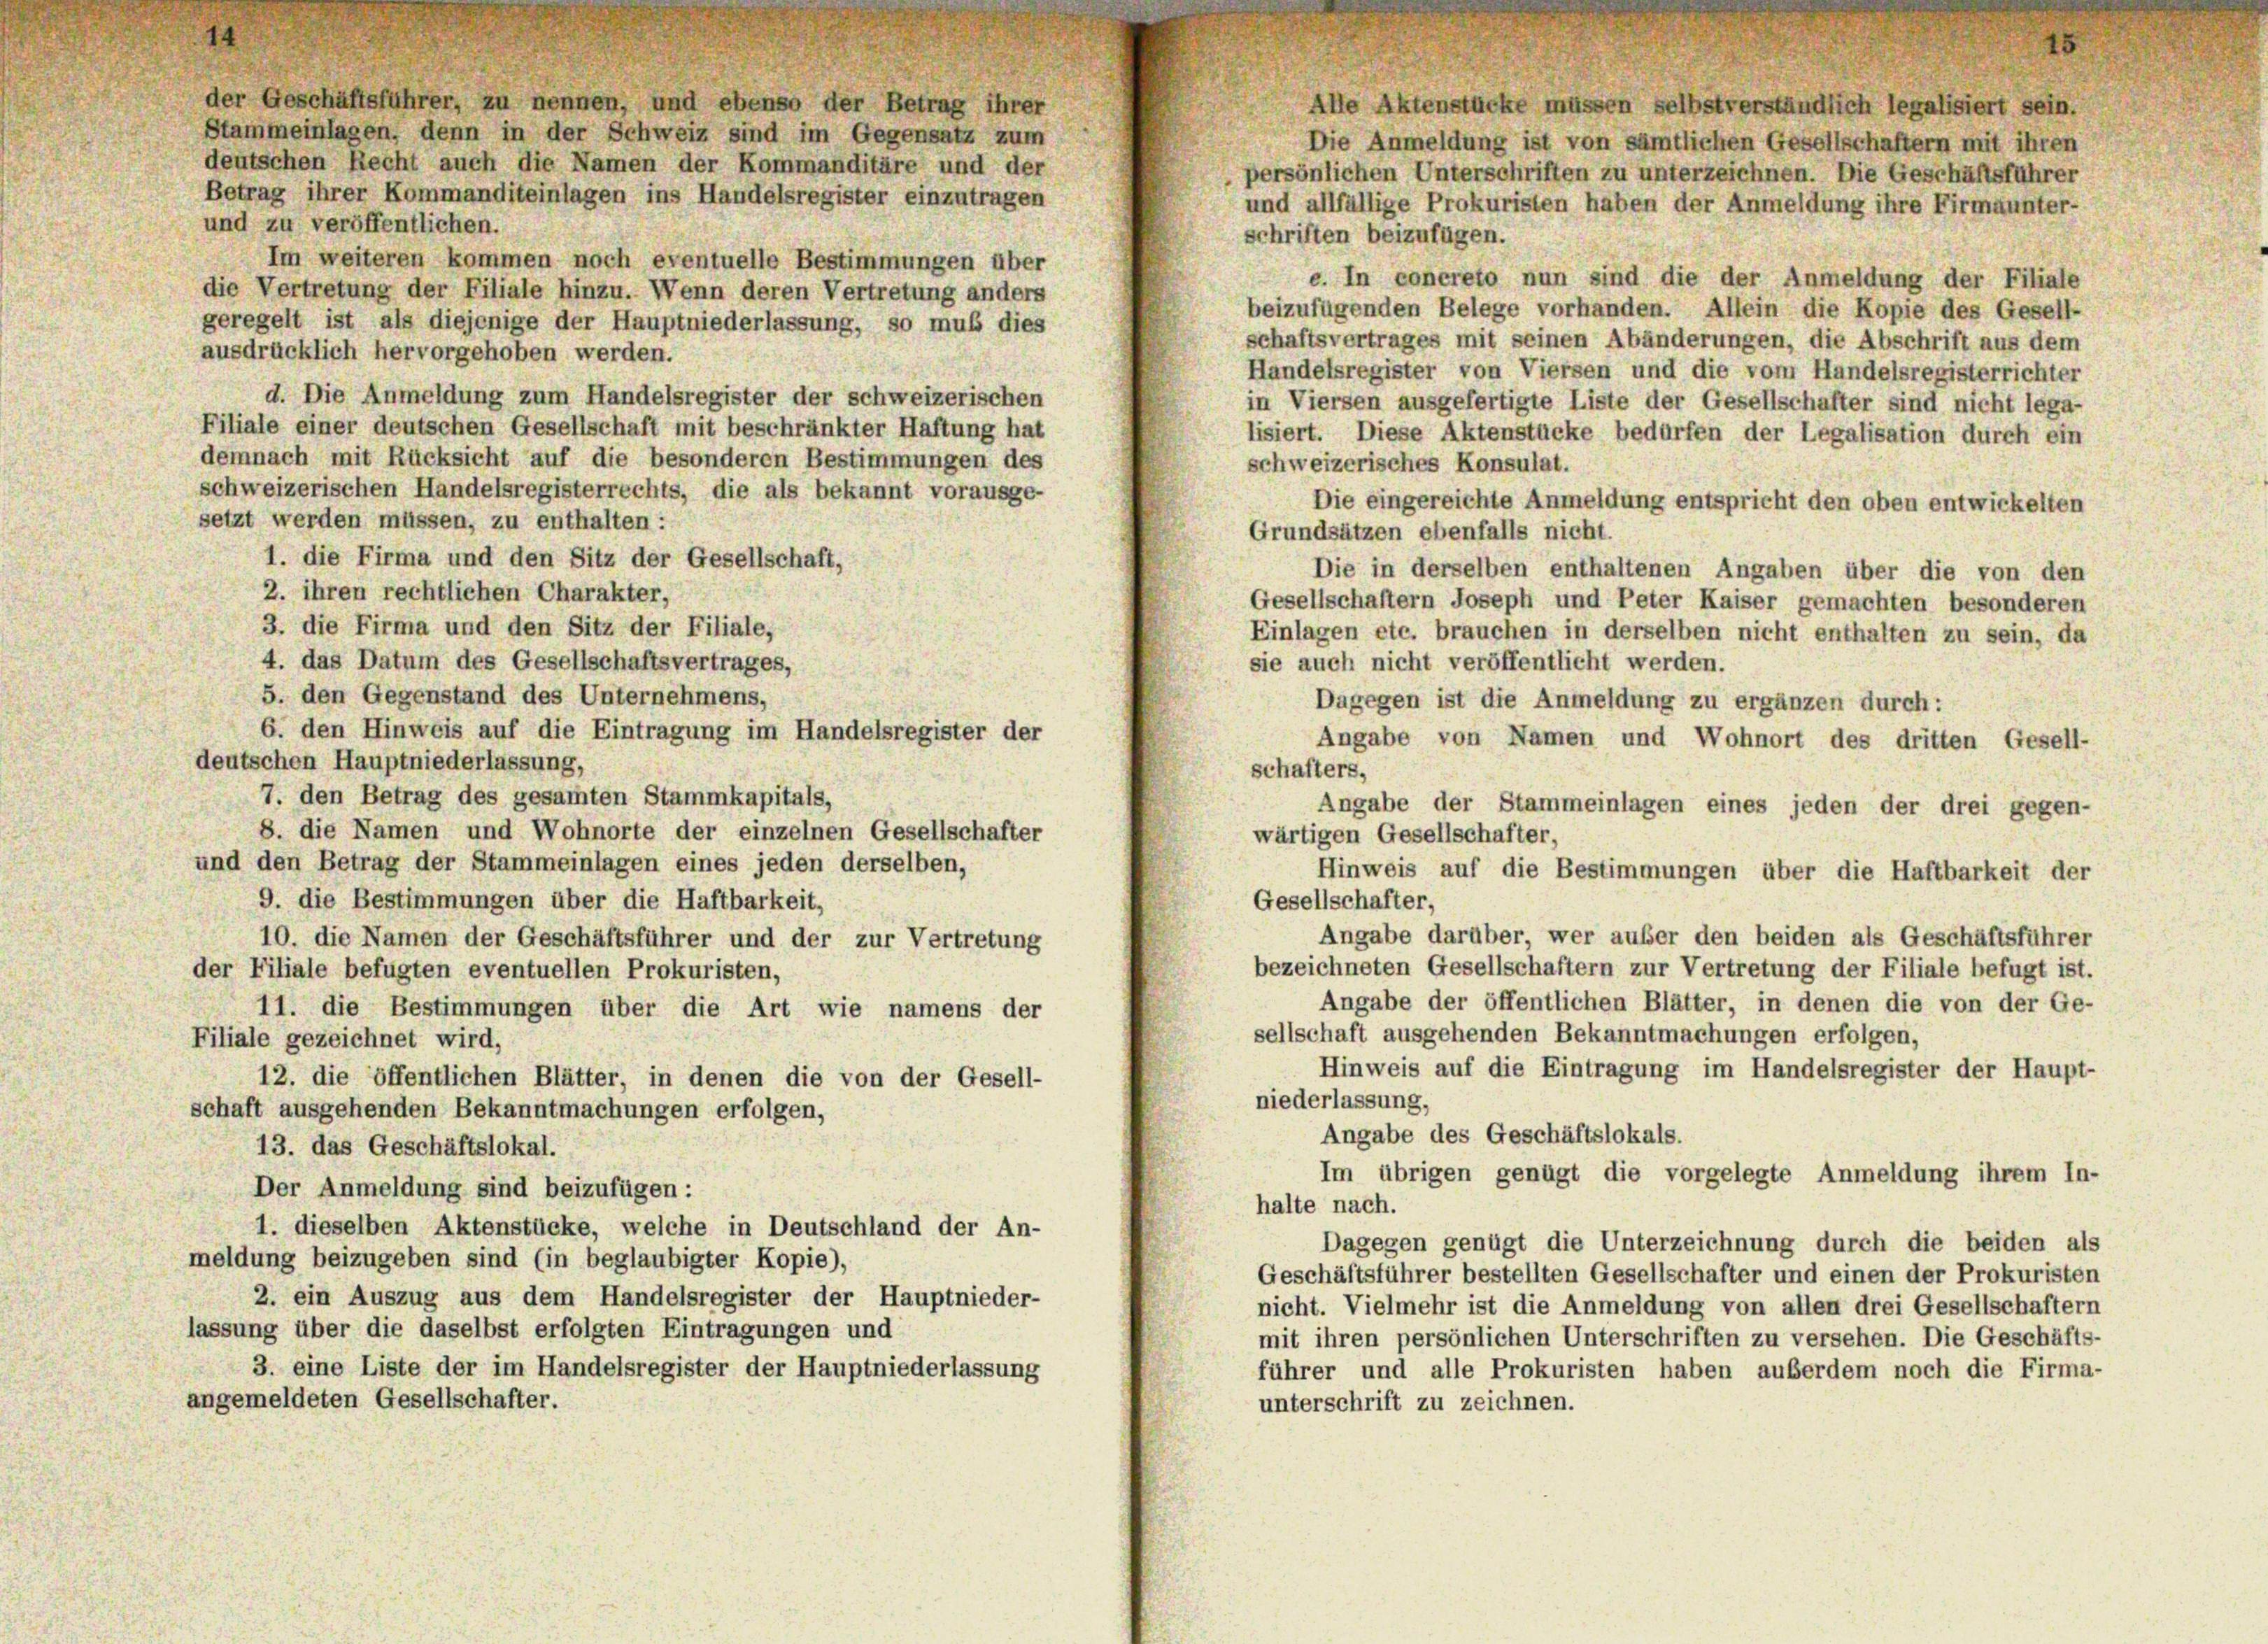
der Geschäftsführer, zu nennen, und ebenso der Betrag ihrer
Alle Aktenstücke müssen selbstverständlich legalisiert sein.
Stammeinlagen, denn in der Schweiz sind im Gegensatz zum
Die Anmeldung ist von sämtlichen Gesellschaftern mit ihren
deutschen Recht auch die Namen der Kommanditäre und der
persönlichen Unterschriften zu unterzeichnen. Die Geschäftsführer
Betrag ihrer Kommanditeinlagen ins Handelsregister einzutragen
und allfällige Prokuristen haben der Anmeldung ihre Firmannter-
und zu veröffentlichen.
schriften beizufügen.
Im weiteren kommen noch eventuelle Bestimmungen über
e. In concreto nun sind die der Anmeldung der Filiale
die Vertretung der Filiale hinzu. Wenn deren Vertretung anders
beizufügenden Belege vorhanden. Allein die Kopie des Gesell-
geregelt ist als diejenige der Hauptniederlassung, so muß dies
schaftsvertrages mit seinen Abänderungen, die Abschrift aus dem
ausdrücklich hervorgehoben werden.
Handelsregister von Viersen und die vom Handelsregisterrichter
d. Die Anmeldung zum Handelsregister der schweizerischen
in Viersen ausgefertigte Liste der Gesellschafter sind nicht lega-
Filiale einer deutschen Gesellschaft mit beschränkter Haftung hat
lisiert. Diese Aktenstücke bedürfen der Legalisation durch ein
demnach mit Rücksicht auf die besonderen Bestimmungen des
schweizerisches Konsulat.
schweizerischen Handelsregisterrechts, die als bekannt vorausge-
Die eingereichte Anmeldung entspricht den oben entwickelten
setzt werden müssen, zu enthalten :
Grundsätzen ebenfalls nicht.
1. die Firma und den Sitz der Gesellschaft,
Die in derselben enthaltenen Angaben über die von den
2. ihren rechtlichen Charakter,
Gesellschaftern Joseph und Peter Kaiser gemachten besonderen
3. die Firma und den Sitz der Filiale,
Einlagen etc. brauchen in derselben nicht enthalten zu sein, da
4. das Datum des Gesellschaftsvertrages,
sie auch nicht veröffentlicht werden.
5. den Gegenstand des Unternehmens,
Dagegen ist die Anmeldung zu ergänzen durch:
6. den Hinweis auf die Eintragung im Handelsregister der
Angabe von Namen und Wohnort des dritten Gesell-
deutschen Hauptniederlassung,
schafters,
7. den Betrag des gesamten Stammkapitals,
Angabe der Stammeinlagen eines jeden der drei gegen-
8. die Namen und Wohnorte der einzelnen Gesellschafter
wärtigen Gesellschafter,
und den Betrag der Stammeinlagen eines jeden derselben,
Hinweis auf die Bestimmungen über die Haftbarkeit der
9. die Bestimmungen über die Haftbarkeit,
Gesellschafter,
Angabe darüber, wer außer den beiden als Geschäftsführe,
10. die Namen der Geschäftsführer und der zur Vertretung
bezeichneten Gesellschaftern zur Vertretung der Filiale befugt ist
der Filiale befugten eventuellen Prokuristen,
Angabe der öffentlichen Blätter, in denen die von der Ge
11. die Bestimmungen über die Art wie namens der
sellschaft ausgehenden Bekanntmachungen erfolgen,
Filiale gezeichnet wird,
Hinweis auf die Eintragung im Handelsregister der Haupt
12. die öffentlichen Blätter, in denen die von der Gesell-
niederlassung,
schaft ausgehenden Bekanntmachungen erfolgen,
Angabe des Geschäftslokals.
13. das Geschäftslokal.
Im übrigen genügt die vorgelegte Anmeldung ihrem In
Der Anmeldung sind beizufügen:
halte nach.
1. dieselben Aktenstücke, welche in Deutschland der An-
Dagegen genügt die Unterzeichnung durch die beiden al
meldung beizugeben sind (in beglaubigter Kopie),
Geschäftsführer bestellten Gesellschafter und einen der Prokuriste
2. ein Auszug aus dem Handelsregister der Hauptnieder-
nicht. Vielmehr ist die Anmeldung von allen drei Gesellschafter,
lassung über die daselbst erfolgten Eintragungen und
mit ihren persönlichen Unterschriften zu versehen. Die Geschäft,
3. eine Liste der im Handelsregister der Hauptniederlassung
führer und alle Prokuristen haben außerdem noch die Firm
angemeldeten Gesellschafter.
unterschrift zu zeichnen.